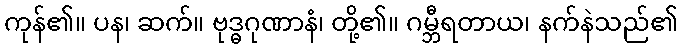
ကုန်၏။ ပန၊ ဆက်။ ဗုဒ္ဓဂုဏာနံ၊ တို့၏။ ဂမ္ဘီရတာယ၊ နက်နဲသည်၏